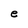
Character: e